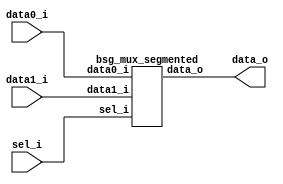


module top
(
  data0_i,
  data1_i,
  sel_i,
  data_o
);

  input [15:0] data0_i;
  input [15:0] data1_i;
  input [0:0] sel_i;
  output [15:0] data_o;

  bsg_mux_segmented
  wrapper
  (
    .data0_i(data0_i),
    .data1_i(data1_i),
    .sel_i(sel_i),
    .data_o(data_o)
  );


endmodule



module bsg_mux_segmented
(
  data0_i,
  data1_i,
  sel_i,
  data_o
);

  input [15:0] data0_i;
  input [15:0] data1_i;
  input [0:0] sel_i;
  output [15:0] data_o;
  wire [15:0] data_o;
  wire N0,N1;
  assign data_o = (N0)? data1_i : 
                  (N1)? data0_i : 1'b0;
  assign N0 = sel_i[0];
  assign N1 = ~sel_i[0];

endmodule